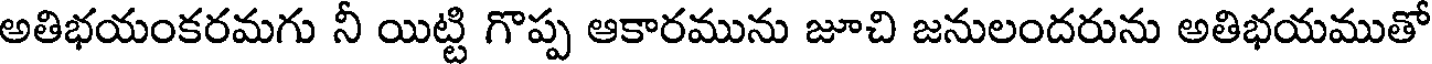
అతిభయంకరమగు నీ యిట్టి గొప్ప ఆకారమును జూచి జనులందరును అతిభయముతో